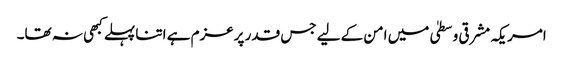
امریکہ مشرقی وسطیٰ میں امن کے لیے جس قدر پرعزم ہے اتنا پہلے کبھی نہ تھا۔